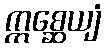
ဣစ္ဆေယျံ